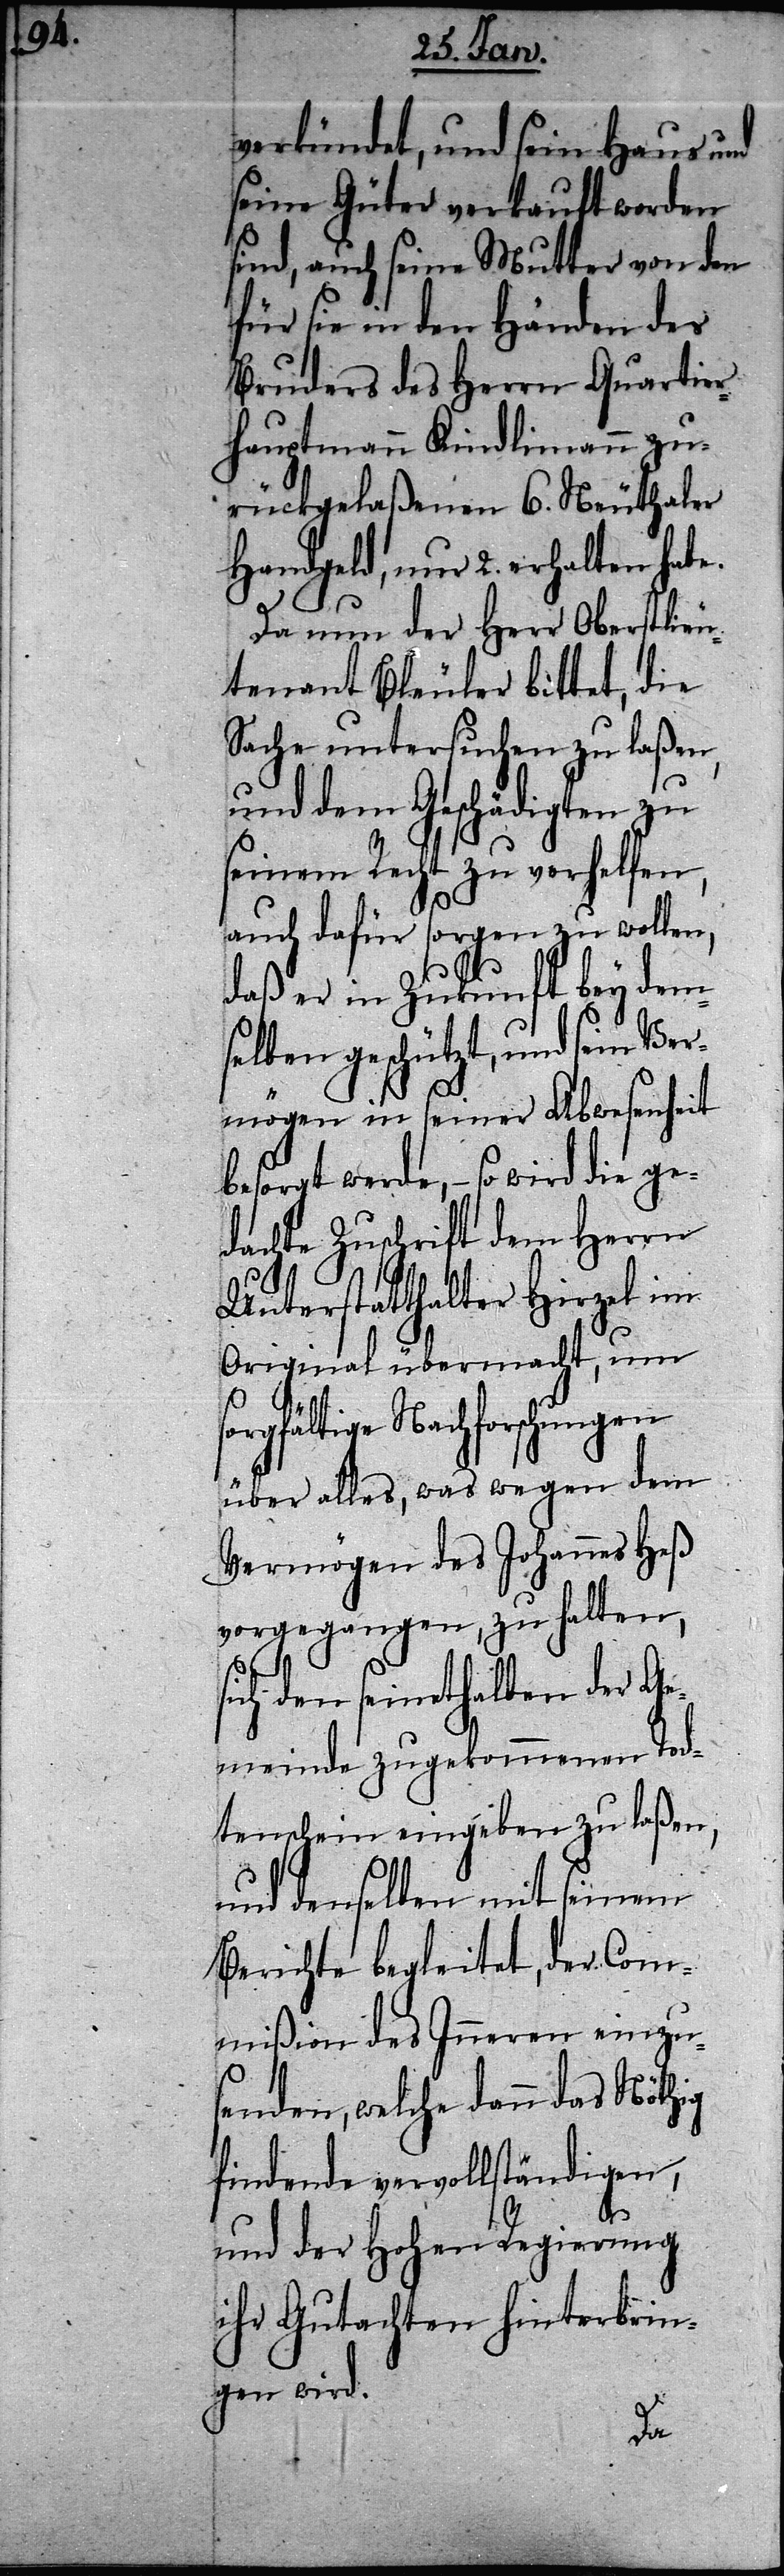
verkündet, und sein Haus und
seine Güter verkauft worden
sind, auch seine Mutter von den
für sie in den Hä¬
Bruders des Herrn
hauptmann Kindlim¬
rückgelaßenen 6.
Handgeld, nur 2. erhal¬
Da nun der Herr
tenant Bleuler bitt¬
Sache untersuchen
und dem Geschädig¬
seinem Recht zu ver¬
auch dafür sorgen zu
dem
daß er in Zukunft
Ver¬
elben geschützt, und
mögen in seiner Ab¬
ge¬
besorgt werde, – so wird
hung¬
dachte Zuschrift dem
in
Unterstatthalter H¬
Original überma¬
s¬
orgfältige Nachforsc¬
en
über alles, was weg¬
Vermögen des Johannes Heß
vorgegangen, zu halten,
sich den seinethalben der G¬
emeinde zugekommenen Tod¬
tenschein eingeben zu laßen,
und denselben mit seinem
Berichte begleitet, der Com¬
mißion des Inneren einzu¬
senden, welche dann das Nöthig
findende vervollständigen,
und der Hohen Regierung
ihr Gutachten hinterbrin¬
gen wird.